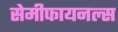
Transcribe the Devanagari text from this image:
सेमीफायनल्स